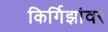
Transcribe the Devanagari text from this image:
किर्गिझांवर